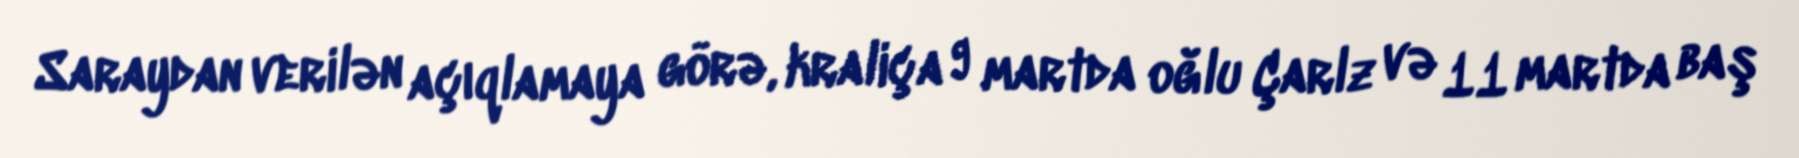
Saraydan verilən açıqlamaya görə, kraliça 9 martda oğlu Çarlz və 11 martda baş